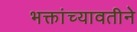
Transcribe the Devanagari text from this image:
भक्तांच्यावतीने